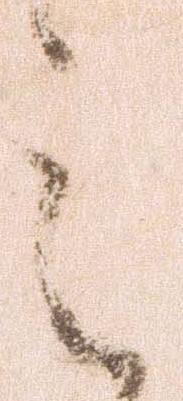
之